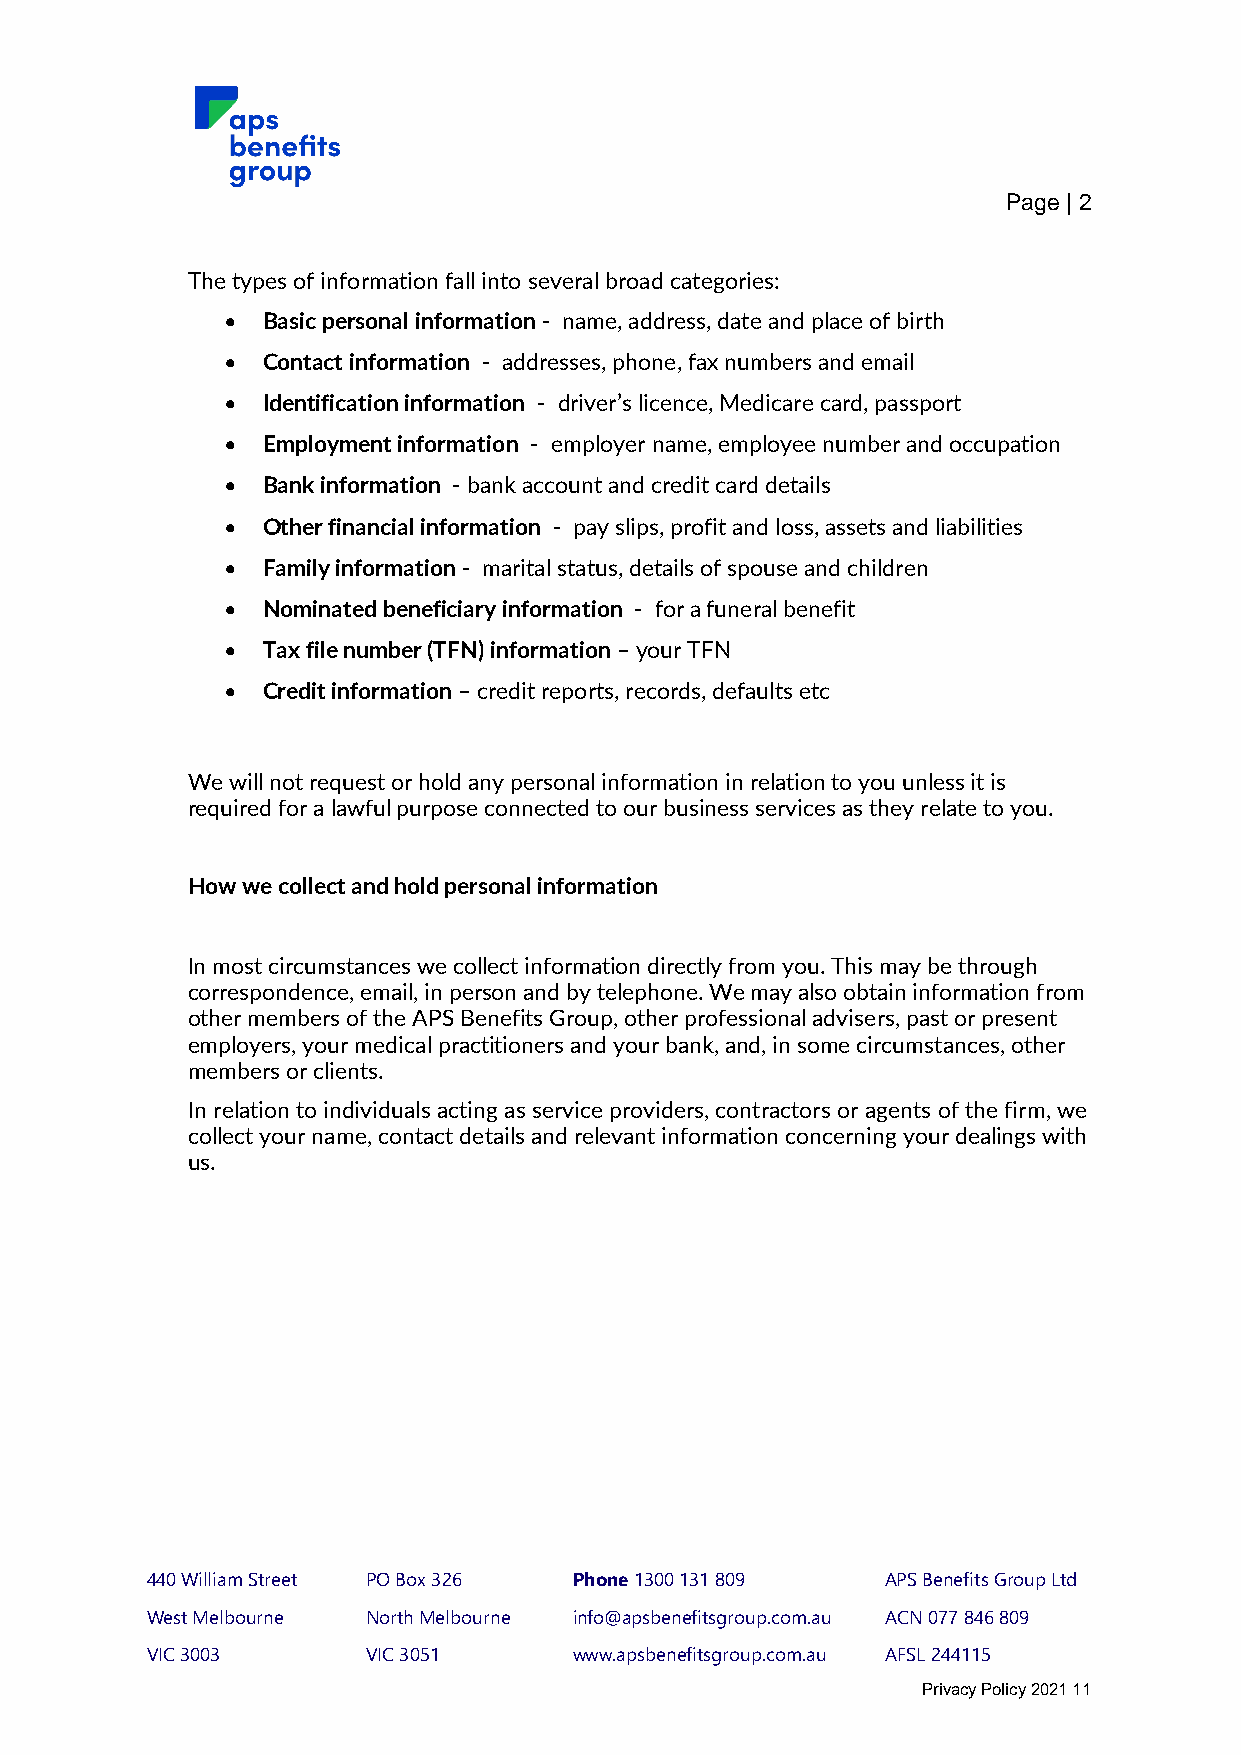
Page | 2
 The types of information fall into several broad categories:
 • Basic personal information - name, address, date and place of birth
 • Contact information - addresses, phone, fax numbers and email
 • Identification information - driver’s licence, Medicare card, passport
 • Employment information - employer name, employee number and occupation
 • Bank information - bank account and credit card details
 • Other financial information - pay slips, profit and loss, assets and liabilities
 • Family information - marital status, details of spouse and children
 • Nominated beneficiary information - for a funeral benefit
 • Tax file number (TFN) information – your TFN
 • Credit information – credit reports, records, defaults etc
 We will not request or hold any personal information in relation to you unless it is
 required for a lawful purpose connected to our business services as they relate to you.
 How we collect and hold personal information
 In most circumstances we collect information directly from you. This may be through
 correspondence, email, in person and by telephone. We may also obtain information from
 other members of the APS Benefits Group, other professional advisers, past or present
 employers, your medical practitioners and your bank, and, in some circumstances, other
 members or clients.
 In relation to individuals acting as service providers, contractors or agents of the firm, we
 collect your name, contact details and relevant information concerning your dealings with
 us.
 440 William Street PO Box 326 Phone 1300 131 809 APS Benefits Group Ltd
 West Melbourne North Melbourne info@apsbenefitsgroup.com.au ACN 077 846 809
 VIC 3003      VIC 3051      www.apsbenefitsgroup.com.au AFSL 244115
 Privacy Policy 2021 11